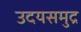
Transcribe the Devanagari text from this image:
उदयसमुद्र